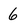
Character: 6